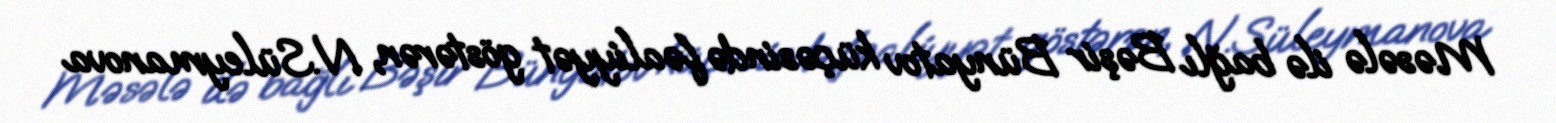
Məsələ ilə bağlı Bəşir Bünyatov küçəsində fəaliyyət göstərən, N.Süleymanova